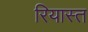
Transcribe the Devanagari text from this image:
रियास्त